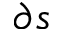
\partial s